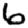
Digit: 6